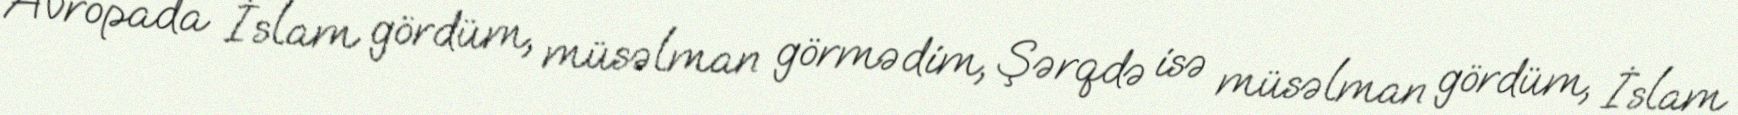
“Avropada İslam gördüm, müsəlman görmədim, Şərqdə isə müsəlman gördüm, İslam